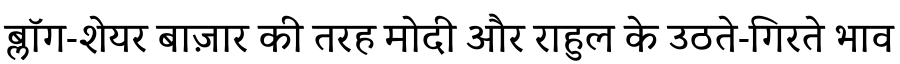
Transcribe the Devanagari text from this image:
ब्लॉग-शेयर बाज़ार की तरह मोदी और राहुल के उठते-गिरते भाव